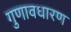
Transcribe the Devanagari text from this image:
गुणावधारण